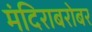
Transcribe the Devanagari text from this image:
मंदिराबरोबर